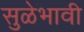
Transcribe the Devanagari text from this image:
सुळेभावी